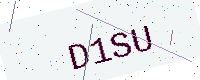
Text: D1SU